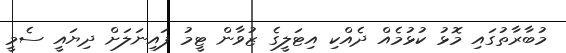
މުބާރާތުގައި މޮޅު ކުޅުމެއް ދެއްކި އިޓަލީގެ ޒުވާން ޓީމު ފައިނަލަށް ދިޔައީ ސެމީ